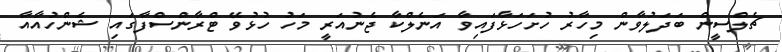
ޗެލްސީން ބަދަލުވާން މިހާރު ހުށަހަޅާފައިވާ އަނެލްކާ ޖެނުއަރީ މަހު ހުޅުވޭ ޓްރާންސްފާގައި ޝެންހުއާއާ